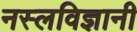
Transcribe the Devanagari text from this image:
नस्लविज्ञानी